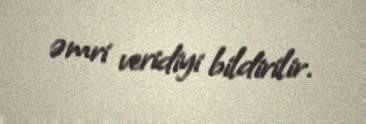
əmri veridiyi bildirilir.